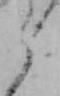
ら